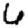
Digit: 6